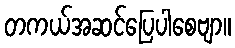
တကယ်အဆင်ပြေပါစေဗျာ။